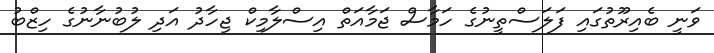
ވަނީ ބެއިރޫތުގައި ފަލަސްތީނުގެ ހަމާސް ޖަމާއަތް އިސްލާމިކް ޖިހާދު އަދި ލުބުނާނުގެ ހިޒްބު